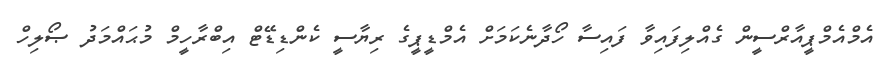
އެމްއެމްޕީއާރްސީން ގެއްލިފައިވާ ފައިސާ ހޯދާނެކަމަށް އެމްޑީޕީގެ ރިޔާސީ ކެންޑިޑޭޓް އިބްރާހީމް މުޙައްމަދު ޞޯލިހް